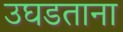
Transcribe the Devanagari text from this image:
उघडताना